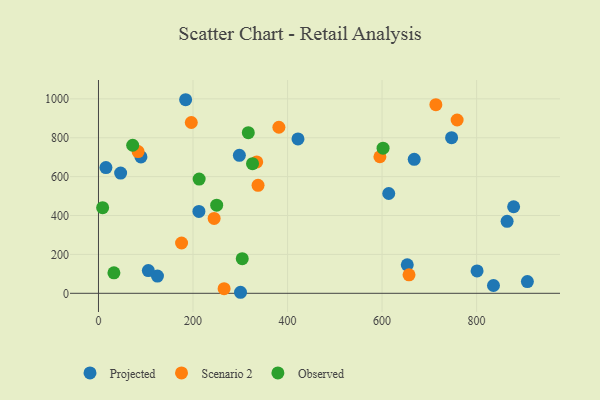
{"axis": {"x": "Experience", "y": "Sales"}, "legend": ["Observed", "Projected", "Scenario 2"], "data": [{"x": "878.3", "y": 445.2, "type": "Projected"}, {"x": "614.1", "y": 513.2, "type": "Projected"}, {"x": "298.1", "y": 709.4, "type": "Projected"}, {"x": "212.5", "y": 421.3, "type": "Projected"}, {"x": "124.8", "y": 88.7, "type": "Projected"}, {"x": "864.5", "y": 370.3, "type": "Projected"}, {"x": "668.0", "y": 689.0, "type": "Projected"}, {"x": "801.0", "y": 115.2, "type": "Projected"}, {"x": "907.4", "y": 60.1, "type": "Projected"}, {"x": "747.1", "y": 800.2, "type": "Projected"}, {"x": "105.5", "y": 116.8, "type": "Projected"}, {"x": "422.1", "y": 794.1, "type": "Projected"}, {"x": "89.9", "y": 701.4, "type": "Projected"}, {"x": "300.5", "y": 5.3, "type": "Projected"}, {"x": "653.3", "y": 146.4, "type": "Projected"}, {"x": "184.4", "y": 995.6, "type": "Projected"}, {"x": "835.7", "y": 40.1, "type": "Projected"}, {"x": "46.9", "y": 618.6, "type": "Projected"}, {"x": "15.8", "y": 646.7, "type": "Projected"}, {"x": "265.8", "y": 23.7, "type": "Scenario 2"}, {"x": "196.4", "y": 878.5, "type": "Scenario 2"}, {"x": "595.4", "y": 702.4, "type": "Scenario 2"}, {"x": "758.8", "y": 891.3, "type": "Scenario 2"}, {"x": "657.0", "y": 94.8, "type": "Scenario 2"}, {"x": "381.7", "y": 854.0, "type": "Scenario 2"}, {"x": "244.7", "y": 384.9, "type": "Scenario 2"}, {"x": "334.8", "y": 675.5, "type": "Scenario 2"}, {"x": "175.8", "y": 258.6, "type": "Scenario 2"}, {"x": "83.8", "y": 728.9, "type": "Scenario 2"}, {"x": "713.8", "y": 970.3, "type": "Scenario 2"}, {"x": "337.6", "y": 555.3, "type": "Scenario 2"}, {"x": "304.2", "y": 178.0, "type": "Observed"}, {"x": "250.1", "y": 453.3, "type": "Observed"}, {"x": "602.1", "y": 746.5, "type": "Observed"}, {"x": "213.0", "y": 587.7, "type": "Observed"}, {"x": "72.4", "y": 761.5, "type": "Observed"}, {"x": "317.0", "y": 826.3, "type": "Observed"}, {"x": "325.9", "y": 666.7, "type": "Observed"}, {"x": "8.8", "y": 440.6, "type": "Observed"}, {"x": "32.7", "y": 105.3, "type": "Observed"}]}